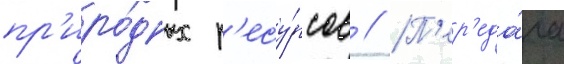
пр'иро́дных р'есу́рсов // П'ер'еда́ча